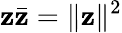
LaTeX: \mathbf{z}{\bar{{\mathbf{z}}}}=\| \mathbf{z}\| ^{2}